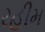
રહીમ